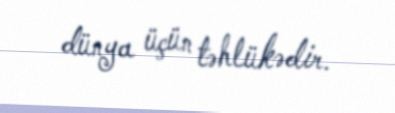
dünya üçün təhlükədir.